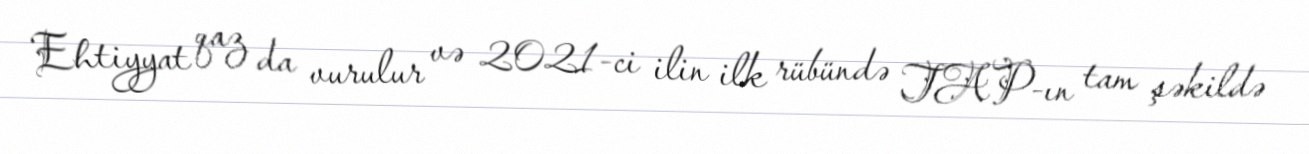
Ehtiyyat qaz da vurulur və 2021-ci ilin ilk rübündə TAP-ın tam şəkildə